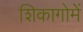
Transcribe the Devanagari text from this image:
शिकागोमें